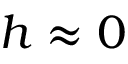
h \approx 0